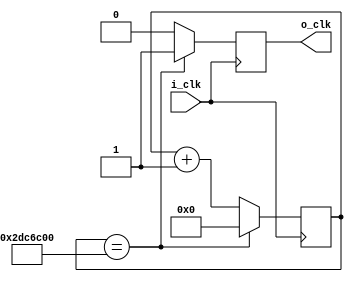
module clkdiv #(
	parameter COUNT=48_000_000
)(
	input  wire i_clk,
	output reg  o_clk
);
	//We want to basically count, then toggle o_clk high for a single pulse of i_clk
	reg [$clog2(COUNT)-1:0] ctr = 0;
	always @(posedge i_clk) begin
		if( ctr == COUNT ) begin
			ctr   <= 0;
			o_clk <= 1;
		end else begin
			ctr   <= ctr + 1;
			o_clk <= 0;
		end
	end
	
endmodule